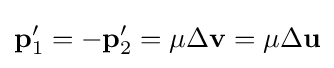
\mathbf {p} _{1}^{\prime }=-\mathbf {p} _{2}^{\prime }=\mu \Delta \mathbf {v} =\mu \Delta \mathbf {u}